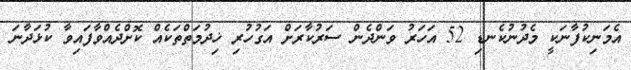
އެމަނިކުފާނަކީ މެދުނުކެނޑި 52 އަހަރު ވަންދެން ސަރުކާރަށް އަގުހުރި ޚިދުމަތްތަކެއް ކޮށްދެއްވާފައިވާ ކުޅަދާނަ